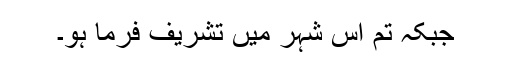
جبکہ تم اس شہر میں تشریف فرما ہو۔